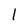
Character: 1